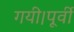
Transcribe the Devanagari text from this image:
गयी।पूर्वी